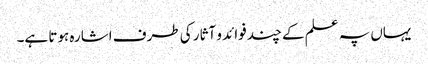
یہاں پہ علم کے چند فوائد و آثار کی طرف اشارہ ہوتا ہے۔